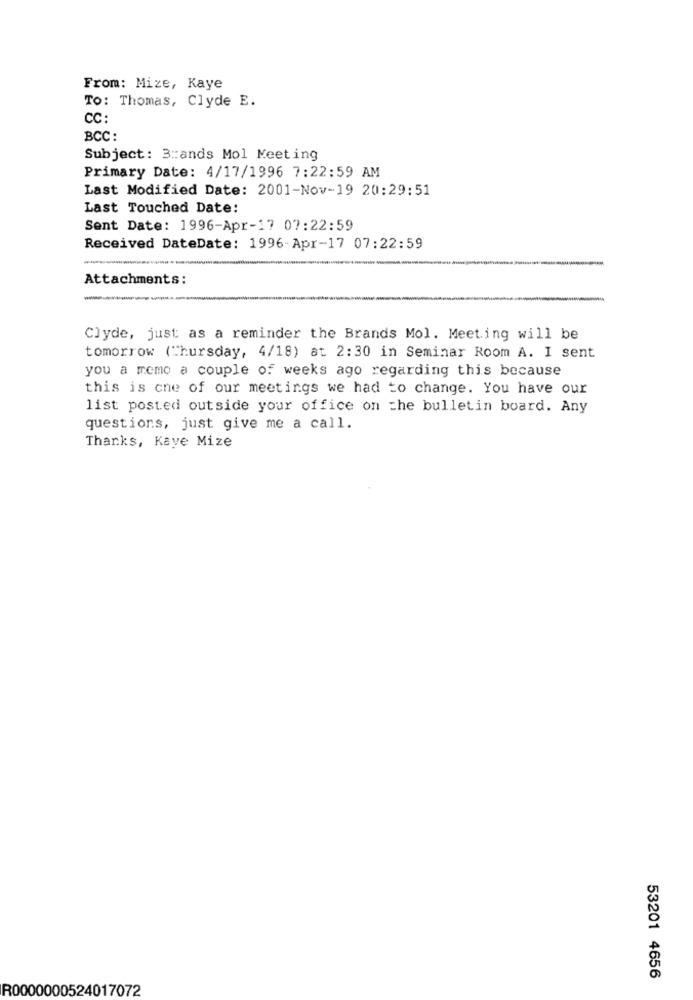
From: Mize, Kaye
TO: Thomas, Clyde E.
CC:
BCC:
Subject: 3:ands Mol Meeting
Primary Date: 4/17/1996 7:22:59 AM
Last Modified Date: 2001-Nov-19 20:29:51
Last Touched Date:
Sent Date: 1996-Apr-17 07:22:59
Received DateDate: 1996-Apr-17 07:22:59
Attachments:
-
-
Clyde, just as a reminder the Brands Mol. Meeting will be
tomorrow (Thursday, 4/18) at 2:30 in Seminar Room A. I sent
you a memo a couple of weeks ago regarding this because
this is one of our meetings we had to change. You have our
list posted outside your office on the bulletin board. Any
questions, just give me a call.
Thanks, Kaye Mize
53201 4656
R0000000524017072